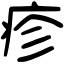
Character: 疹